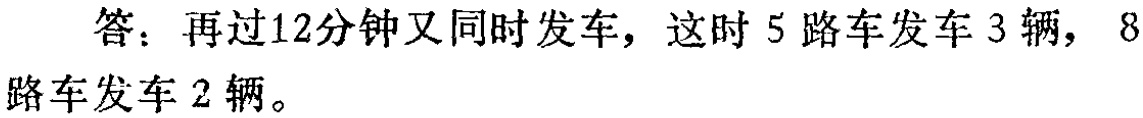
答：再过12分钟又同时发车，这时5路车发车3辆，8路车发车2辆。